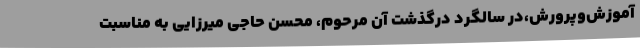
آموزش‌وپرورش،در سالگرد درگذشت آن مرحوم، محسن حاجی میرزایی به مناسبت